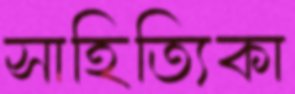
সাহিত্যিকা